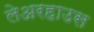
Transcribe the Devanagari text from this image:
लेअरहाउस